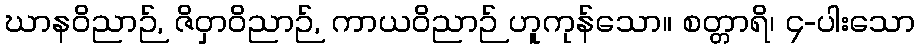
ဃာနဝိညာဉ်, ဇိဝှာဝိညာဉ်, ကာယဝိညာဉ် ဟူကုန်သော။ စတ္တာရိ၊ ၄-ပါးသော